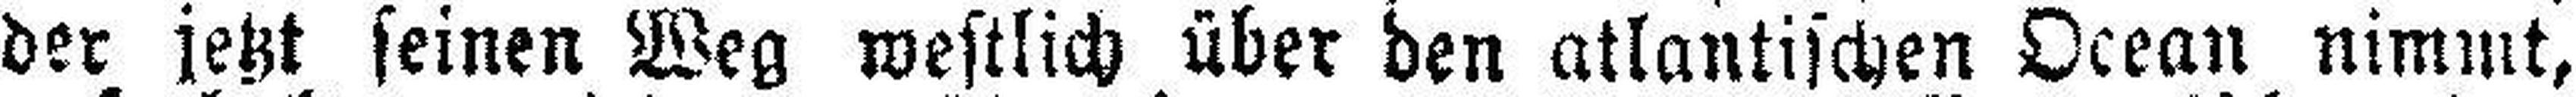
der jetzt seinen Weg westlich über den atlantischen Ocean nimmt,